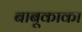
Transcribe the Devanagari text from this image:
बाबूकाका